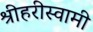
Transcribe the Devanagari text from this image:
श्रीहरीस्वामी